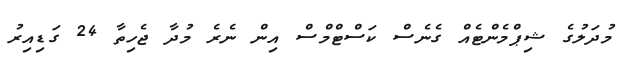
މުދަލުގެ ޝިޕްމެންޓެއް ގެނެސް ކަސްޓްމްސް އިން ނެރެ މުދާ ޖެހިތާ 24 ގަޑިއިރު